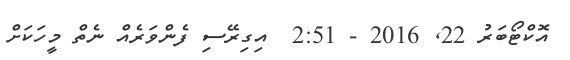
އޮކްޓޯބަރު 22